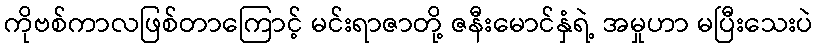
ကိုဗစ်ကာလဖြစ်တာကြောင့် မင်းရာဇာတို့ ဇနီးမောင်နှံရဲ့ အမှုဟာ မပြီးသေးပဲ